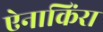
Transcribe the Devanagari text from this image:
ऐनाकिंरा